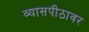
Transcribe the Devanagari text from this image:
व्‍यासपीठावर